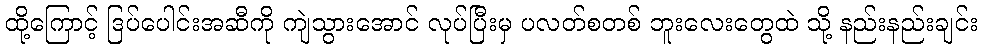
ထို့ကြောင့် ဒြပ်ပေါင်းအဆီကို ကျဲသွားအောင် လုပ်ပြီးမှ ပလတ်စတစ် ဘူးလေးတွေထဲ သို့ နည်းနည်းချင်း